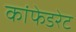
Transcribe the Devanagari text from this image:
कांफेडरेट